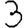
Digit: 3